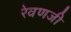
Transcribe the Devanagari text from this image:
रेवणजी